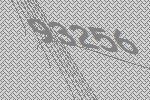
93256